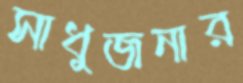
সাধুজনার